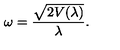
\omega = \frac { \sqrt { 2 V ( \lambda ) } } { \lambda } .